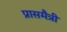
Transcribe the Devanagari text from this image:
प्रासमैत्री